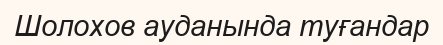
Шолохов ауданында туғандар